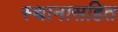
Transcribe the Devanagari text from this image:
स्थानासहित